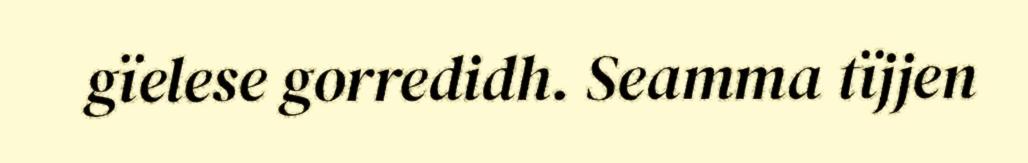
gïelese gorredidh. Seamma tïjjen